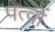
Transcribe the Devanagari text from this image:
पत्वों